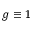
g \equiv 1